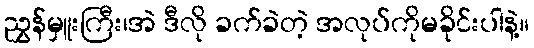
ညွှန်မှူးကြီး၊အဲ ဒီလို ခက်ခဲတဲ့ အလုပ်ကိုမခိုင်းပါနဲ့။